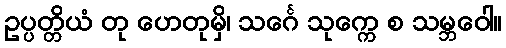
ဥပ္ပတ္တိယံ တု ဟေတုမှိ၊ သင်္ဂေ သုက္ကေ စ သမ္ဘဝေါ။